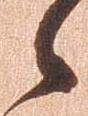
之